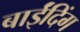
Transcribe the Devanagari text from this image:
बाईंदिंग